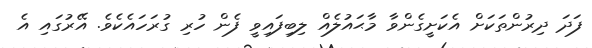
ފަދަ ދިރުންތަކަށް އެކަށީގެންވާ މާޙައުލެއް ލިބިފައިވީ ފެން ހުރި ގުރަހައެކެވެ. އޭރުގައި އެ